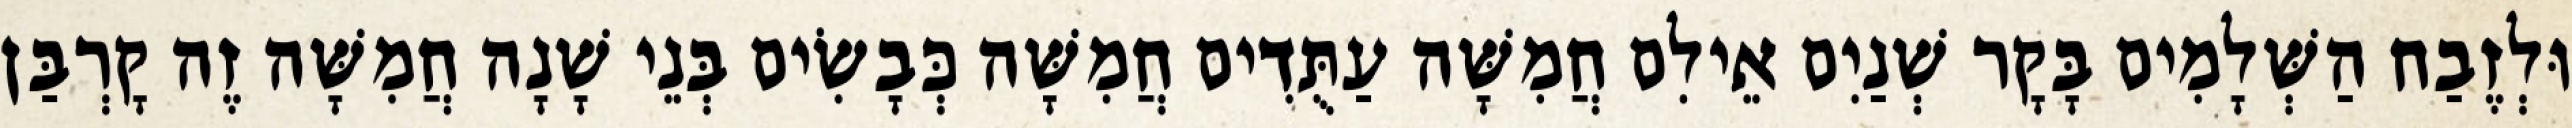
וּלְזֶבַח הַשְּׁלָמִים בָּקָר שְׁנַיִם אֵילִם חֲמִשָּׁה עַתֻּדִים חֲמִשָּׁה כְּבָשִׂים בְּנֵי שָׁנָה חֲמִשָּׁה זֶה קָרְבַּן